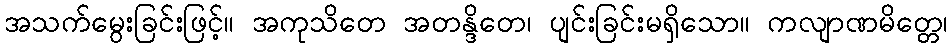
အသက်မွေးခြင်းဖြင့်။ အကုသိတေ အတန္ဒိတေ၊ ပျင်းခြင်းမရှိသော။ ကလျာဏမိတ္တေ၊